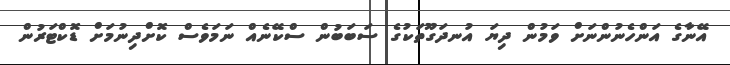
އޭނާގެ އަންހެނުންނަށް ވަމުން ދިޔަ އުނދަގޫތަކުގެ ސަބަބުން ސްކޭނެއް ނަމަވެސް ކޮށްދިނުމަށް ޑޮކްޓަރުން